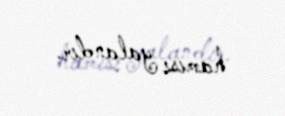
hamısı yalandır.